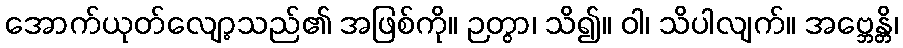
အောက်ယုတ်လျော့သည်၏ အဖြစ်ကို။ ဉတွာ၊ သိ၍။ ဝါ၊ သိပါလျက်။ အဗ္ဘေန္တိ၊